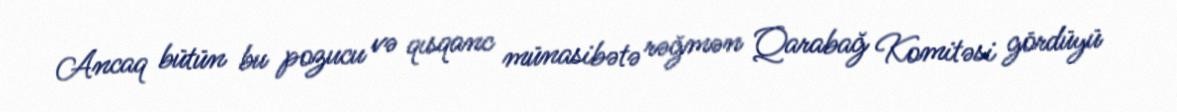
Ancaq bütün bu pozucu və qısqanc münasibətə rəğmən Qarabağ Komitəsi gördüyü